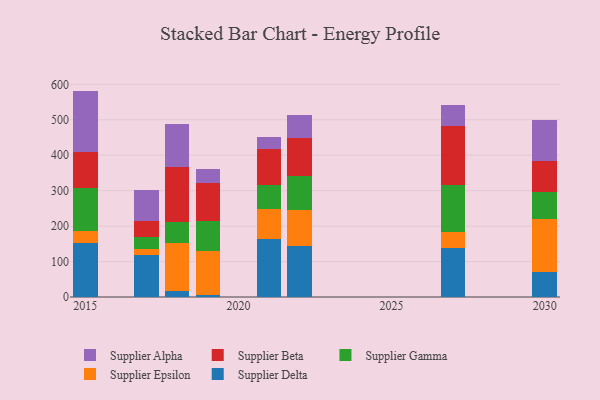
{"axis": {"x": "Year", "y": "Conversion Rate (%)"}, "legend": ["Supplier Alpha", "Supplier Beta", "Supplier Delta", "Supplier Epsilon", "Supplier Gamma"], "data": [{"x": "2022", "y": 143.8, "type": "Supplier Delta"}, {"x": "2022", "y": 102.7, "type": "Supplier Epsilon"}, {"x": "2022", "y": 94.5, "type": "Supplier Gamma"}, {"x": "2022", "y": 108.6, "type": "Supplier Beta"}, {"x": "2022", "y": 64.4, "type": "Supplier Alpha"}, {"x": "2015", "y": 151.2, "type": "Supplier Delta"}, {"x": "2015", "y": 33.7, "type": "Supplier Epsilon"}, {"x": "2015", "y": 122.1, "type": "Supplier Gamma"}, {"x": "2015", "y": 103.4, "type": "Supplier Beta"}, {"x": "2015", "y": 171.2, "type": "Supplier Alpha"}, {"x": "2017", "y": 117.3, "type": "Supplier Delta"}, {"x": "2017", "y": 17.5, "type": "Supplier Epsilon"}, {"x": "2017", "y": 34.1, "type": "Supplier Gamma"}, {"x": "2017", "y": 45.2, "type": "Supplier Beta"}, {"x": "2017", "y": 86.9, "type": "Supplier Alpha"}, {"x": "2021", "y": 162.5, "type": "Supplier Delta"}, {"x": "2021", "y": 86.4, "type": "Supplier Epsilon"}, {"x": "2021", "y": 67.6, "type": "Supplier Gamma"}, {"x": "2021", "y": 100.3, "type": "Supplier Beta"}, {"x": "2021", "y": 35.5, "type": "Supplier Alpha"}, {"x": "2027", "y": 138.3, "type": "Supplier Delta"}, {"x": "2027", "y": 46.0, "type": "Supplier Epsilon"}, {"x": "2027", "y": 130.6, "type": "Supplier Gamma"}, {"x": "2027", "y": 168.4, "type": "Supplier Beta"}, {"x": "2027", "y": 58.2, "type": "Supplier Alpha"}, {"x": "2018", "y": 16.5, "type": "Supplier Delta"}, {"x": "2018", "y": 136.8, "type": "Supplier Epsilon"}, {"x": "2018", "y": 56.9, "type": "Supplier Gamma"}, {"x": "2018", "y": 157.7, "type": "Supplier Beta"}, {"x": "2018", "y": 118.8, "type": "Supplier Alpha"}, {"x": "2030", "y": 71.7, "type": "Supplier Delta"}, {"x": "2030", "y": 147.1, "type": "Supplier Epsilon"}, {"x": "2030", "y": 76.7, "type": "Supplier Gamma"}, {"x": "2030", "y": 89.3, "type": "Supplier Beta"}, {"x": "2030", "y": 114.7, "type": "Supplier Alpha"}, {"x": "2019", "y": 6.3, "type": "Supplier Delta"}, {"x": "2019", "y": 122.1, "type": "Supplier Epsilon"}, {"x": "2019", "y": 85.2, "type": "Supplier Gamma"}, {"x": "2019", "y": 109.1, "type": "Supplier Beta"}, {"x": "2019", "y": 38.0, "type": "Supplier Alpha"}]}